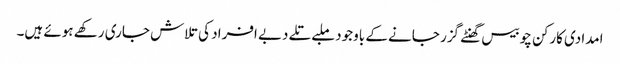
امدادی کارکن چوبیس گھنٹے گزر جانے کے باوجود ملبے تلے دبے افراد کی تلاش جاری رکھے ہوئے ہیں۔